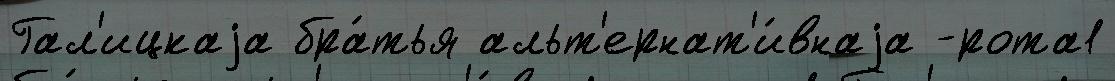
Гал'ицкаjа бра́тья альт'ернат'и́внаjа -рота1